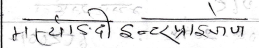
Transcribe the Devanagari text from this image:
मायोङदी इन्टरप्राइजेज